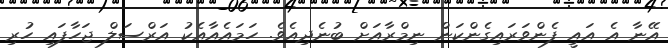
އޭނާ އެ އައީ ފެންވަރައިގެންކަން ނިމްރާއަށް ބުނެދިއެވެ. ހަމައެއާއެކު އަރްސަލް ޖަހާފައި ހުރި